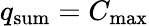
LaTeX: q_{\mathrm{sum}}=C_{\mathrm{max}}